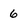
Character: 6